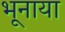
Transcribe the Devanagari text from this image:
भूनाया